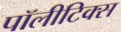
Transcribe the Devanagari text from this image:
पॉलीटिक्स